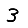
Digit: 3